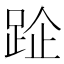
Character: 𨀣